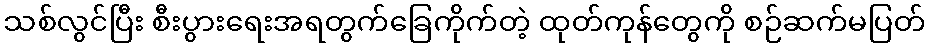
သစ်လွင်ပြီး စီးပွားရေးအရတွက်ခြေကိုက်တဲ့ ထုတ်ကုန်တွေကို စဉ်ဆက်မပြတ်